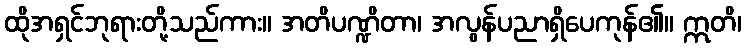
ထိုအရှင်ဘုရားတို့သည်ကား။ အတိပဏ္ဍိတာ၊ အလွန်ပညာရှိပေကုန်၏။ ဣတိ၊